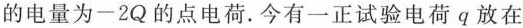
的电量为$$-2Q$$的点电荷。今有一正试验电荷q放在